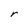
Character: r